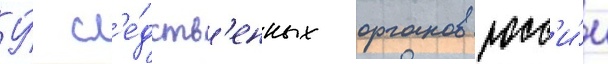
У́ сл'е́дств'енных органов росс'и́и